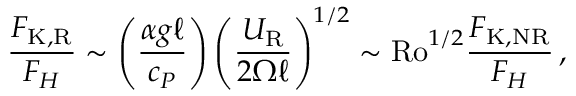
\frac { F _ { \mathrm { K , R } } } { F _ { H } } \sim \left( \frac { \alpha g \ell } { c _ { P } } \right) \left( \frac { U _ { \mathrm { R } } } { 2 \Omega \ell } \right) ^ { 1 / 2 } \sim \mathrm { R o } ^ { 1 / 2 } \frac { F _ { \mathrm { K , N R } } } { F _ { H } } \, ,